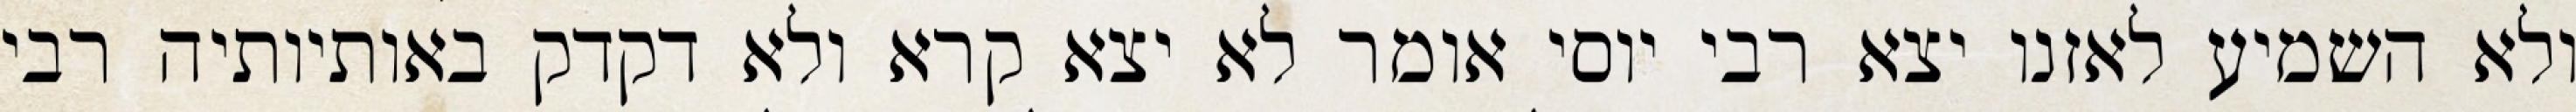
ולא השמיע לאזנו יצא רבי יוסי אומר לא יצא קרא ולא דקדק באותיותיה רבי